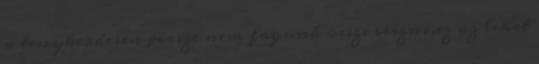
a tenykerdesen persze nem fogunk ossze veszni,ez az lehet